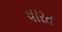
ધારત